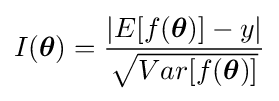
I({\boldsymbol {\theta }})={\frac {|E[f({\boldsymbol {\theta }})]-y|}{\sqrt {Var[f({\boldsymbol {\theta }})]}}}